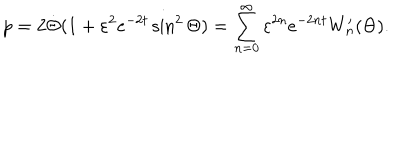
p = 2 { \dot { \Theta } } { ( 1 + \varepsilon ^ { 2 } e ^ { - 2 t } \sin ^ { 2 } \Theta ) } = \sum _ { n = 0 } ^ { \infty } \varepsilon ^ { 2 n } e ^ { - 2 n t } W _ { n } ^ { \prime } ( \Theta ) .